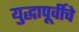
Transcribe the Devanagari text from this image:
युद्धापूर्वीचे